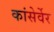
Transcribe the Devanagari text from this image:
कांसेर्वेर